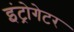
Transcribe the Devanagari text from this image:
इंट्रोगेटर